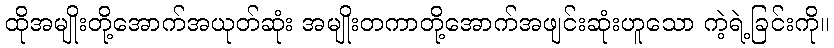
ထိုအမျိုးတို့အောက်အယုတ်ဆုံး အမျိုးတကာတို့အောက်အဖျင်းဆုံးဟူသော ကဲ့ရဲ့ခြင်းကို။